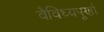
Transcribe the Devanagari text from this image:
वैविध्यपूर्णा